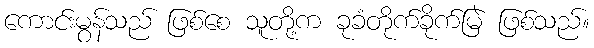
ကောင်းမွန်သည် ဖြစ်စေ သူတို့က ခုခံတိုက်ခိုက်မြဲ ဖြစ်သည်။